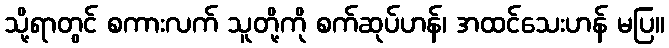
သို့ရာတွင် စကားလက် သူတို့ကို စက်ဆုပ်ဟန်၊ အထင်သေးဟန် မပြ။